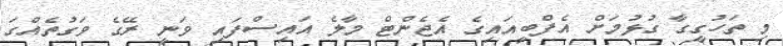
މި ތަހުގީގާ ގުޅުމަށް އެފްބީއައިގެ އެޖެންޓް މާލެ އައިސްފައި ވަނީ ރޭގެ ވަގުތެއްގަ